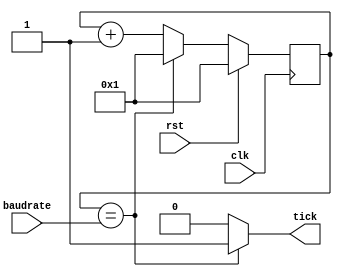
module tick_generator(clk, rst, baudrate, tick); 
	// according to the baudrate and generate the tick
	input clk, rst;
	input [16 - 1 : 0] baudrate;
	output tick;

	reg [16 - 1 : 0] count;
	reg [16 - 1 : 0] next_count;

	reg tick;

	always @(posedge clk) begin
		if (rst)
			count <= 1;
		else
			count <= next_count;
	end

	always @(*)begin
		if (count == baudrate)begin
			next_count = 1;
			tick=1;
		end
		else begin
			next_count = count +1;
			tick = 0;
		end
	end

endmodule